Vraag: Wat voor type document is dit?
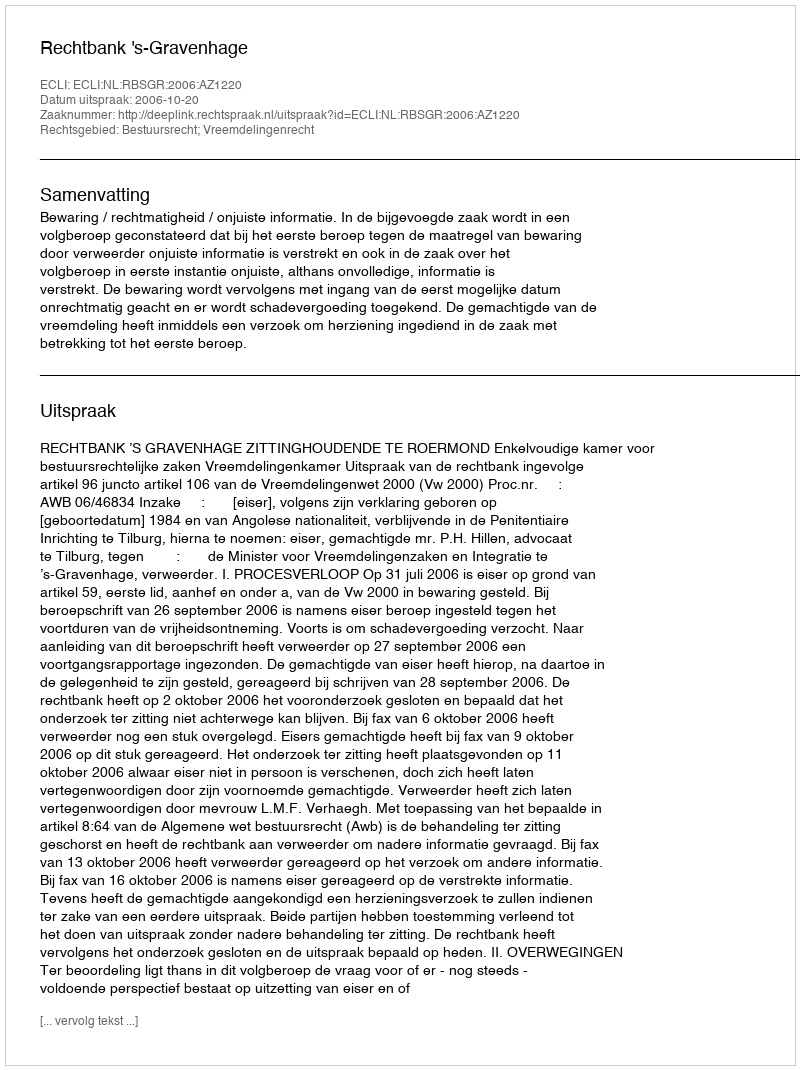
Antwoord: Uitspraak